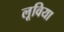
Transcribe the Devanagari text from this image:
लूविया